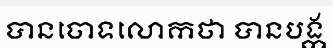
បានចោទលោកថា បានបង្ក